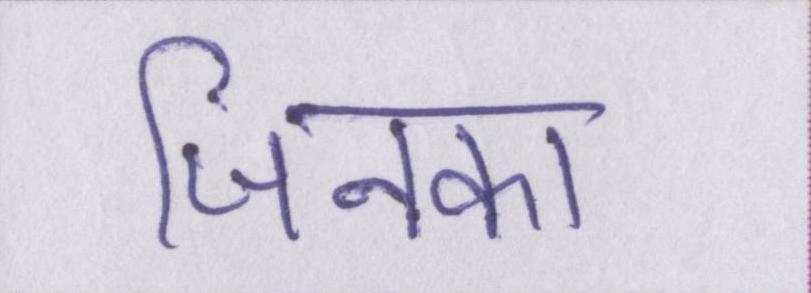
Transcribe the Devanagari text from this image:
जिनका